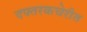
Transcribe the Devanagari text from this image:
दफ्तरकचेरीत